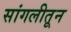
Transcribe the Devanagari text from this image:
सांगलीतून